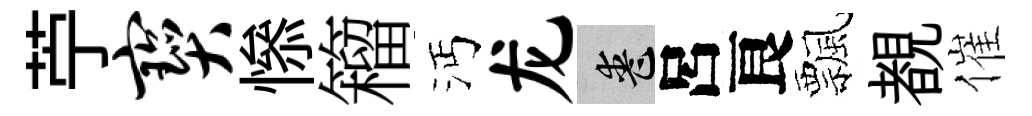
苧宝𢡖籕沔龙喪呂良飄覩催